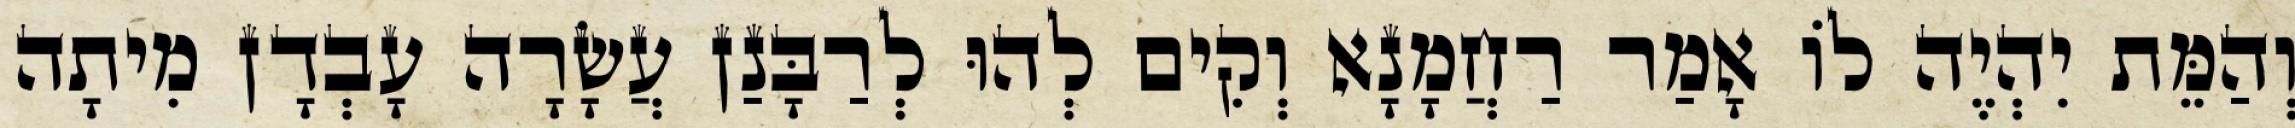
וְהַמֵּת יִהְיֶה לוֹ אָמַר רַחֲמָנָא וְקִים לְהוּ לְרַבָּנַן עֲשָׂרָה עָבְדָן מִיתָה